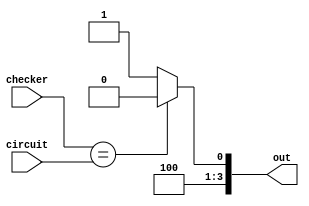
/*
   This file was generated automatically by the Mojo IDE version B1.3.6.
   Do not edit this file directly. Instead edit the original Lucid source.
   This is a temporary file and any changes made to it will be destroyed.
*/

module passOrFail_8 (
    input [1:0] checker,
    input [1:0] circuit,
    output reg [3:0] out
  );
  
  
  
  always @* begin
    if (checker == circuit) begin
      out = 4'h8;
    end else begin
      out = 4'h9;
    end
  end
endmodule